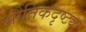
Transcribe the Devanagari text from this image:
भौतिकदृष्ट्या